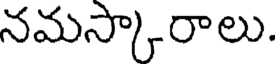
నమస్కారాలు.